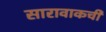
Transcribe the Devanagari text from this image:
सारावाकची